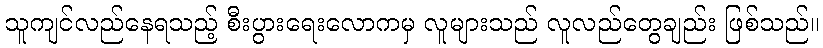
သူကျင်လည်နေရသည့် စီးပွားရေးလောကမှ လူများသည် လူလည်တွေချည်း ဖြစ်သည်။